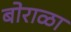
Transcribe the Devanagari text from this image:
बोराळा